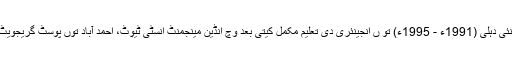
اس دے بعد آئی آئی ٹی، نئی دہلی (1991ء - 1995ء) تو ں انجینئری دی تعلیم مکمل کیتی بعد وچ انڈین مینجمنٹ انسٹی ٹیوٹ، احمد آباد توں پوسٹ گریجویٹ دی ڈگری حاصل کیتی۔